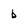
Character: b